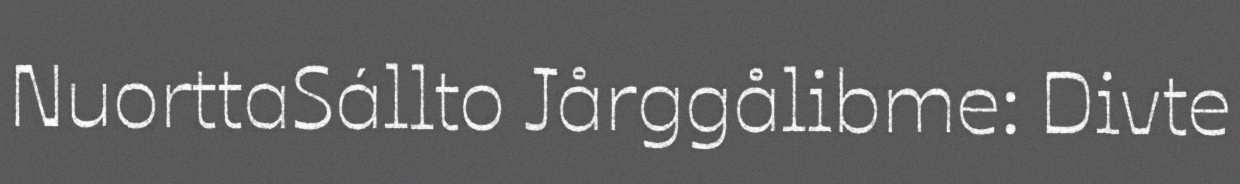
NuorttaSállto Jårggålibme: Divte